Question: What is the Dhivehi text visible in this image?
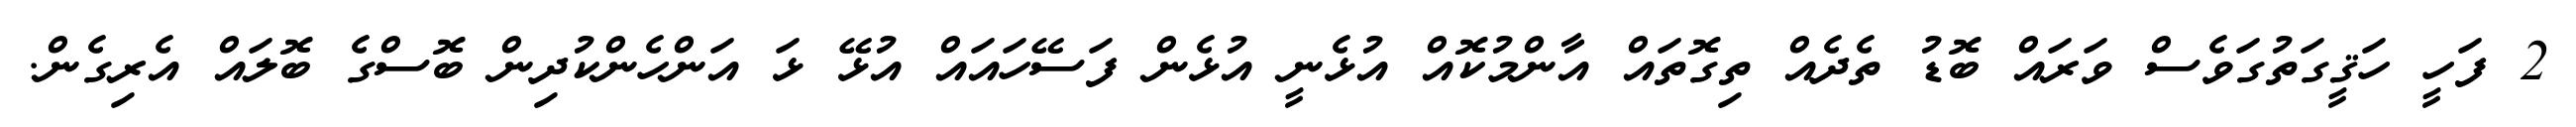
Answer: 2 ފަހީ ހަޤީގަތުގަވެސް ވަރައް ބޮޑު ތެދެއް ތިގޮތައް އާންމުކޮއް އުޅެނީ އުޅެން ފަސޭހައައް އުޅޭ ޅަ އަންހެންކުދިން ބޮސްގެ ބޮލައް އެރިގެން.